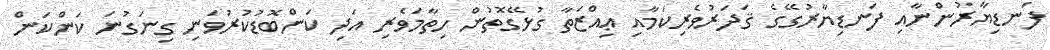
ފަނޑިޔާރުންނާއި ފަނޑިޔާރުގޭގެ ޤަދަރުވެރިކަމާއި ޢިއްޒަތާ ގުޅޭގޮތުން ހިތާމަވެރި އަދި ކަންބޮޑުކުރުވަނި ގިނަގުނަ ކަންކަން